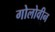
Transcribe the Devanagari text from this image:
गोलोवीन